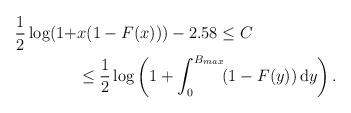
LaTeX: \begin{align*}\frac{1}{2}\log(1+ & x (1-F(x))) - 2.58 \leq C\\ &\leq \frac{1}{2}\log\left(1+\int_0^{B_{max}} \! (1-F(y) ) \, \mathrm{d}y \right).\end{align*}